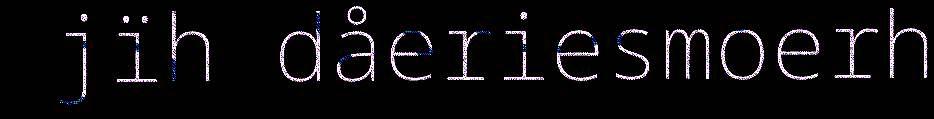
jïh dåeriesmoerh